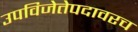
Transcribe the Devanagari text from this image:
उपविजेतेपदावरच